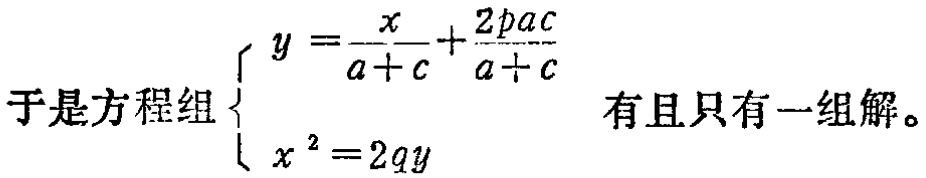
于是方程组$\begin{cases}y = \dfrac{x}{a + c}+\dfrac{2pac}{a + c}\\x^{2}=2qy\end{cases}$有且只有一组解。